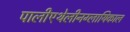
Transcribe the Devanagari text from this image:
पालीएथेलीनग्लायिकाल